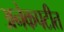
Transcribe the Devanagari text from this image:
अनेकपटीत